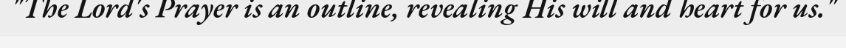
"The Lord's Prayer is an outline, revealing His will and heart for us."